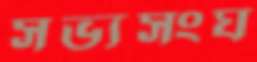
সভ্যসংঘ